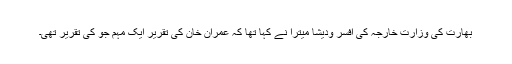
بھارت کی وزارتِ خارجہ کی افسر ودیشا میترا نے کہا تھا کہ عمران خان کی تقریر ایک مہم جو کی تقریر تھی۔